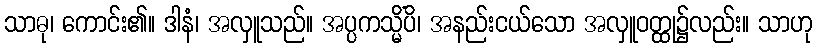
သာဓု၊ ကောင်း၏။ ဒါနံ၊ အလှူသည်။ အပ္ပကသ္မိံပိ၊ အနည်းငယ်သော အလှူဝတ္ထု၌လည်း။ သာဟု